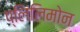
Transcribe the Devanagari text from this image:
प्लिंलिमोन